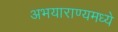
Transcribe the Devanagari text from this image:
अभयाराण्यमध्ये